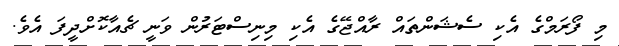
މި ފޯރަމްގެ އެކި ސެޝަންތައް ރާއްޖޭގެ އެކި މިނިސްޓަރުން ވަނީ ޗެއާކޮށްދީފަ އެވެ.